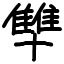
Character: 𪟻